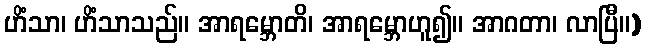
ဟိံသာ၊ ဟိံသာသည်။ အာရမ္ဘောတိ၊ အာရမ္ဘောဟူ၍။ အာဂတာ၊ လာပြီ။)